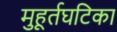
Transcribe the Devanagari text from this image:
मुहूर्तघटिका